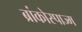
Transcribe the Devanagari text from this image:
ब्रांकोस्पाज्म